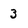
Character: 3